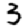
Digit: 3